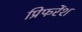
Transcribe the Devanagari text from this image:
प्रिफरेंश